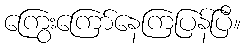
ကြွေးကြော်နေကြပြန်ပြီ။